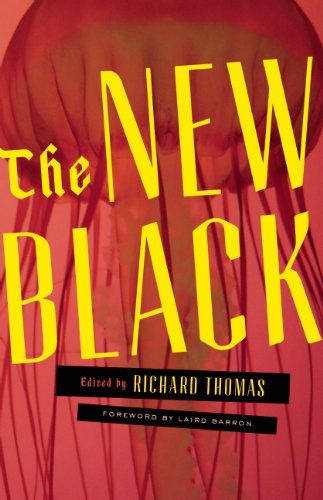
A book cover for The New Black: A Neo-Noir Anthology; Brian Evenson; Mystery, Thriller & Suspense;